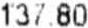
137.80